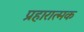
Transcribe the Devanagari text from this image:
प्रहारात्मक